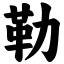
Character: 勒